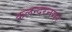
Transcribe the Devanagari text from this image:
कलन्दरनगर